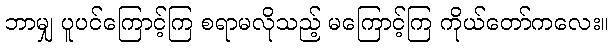
ဘာမျှ ပူပင်ကြောင့်ကြ စရာမလိုသည့် မကြောင့်ကြ ကိုယ်တော်ကလေး။